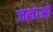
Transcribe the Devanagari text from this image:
जलाओ